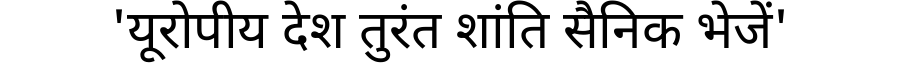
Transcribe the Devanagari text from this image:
'यूरोपीय देश तुरंत शांति सैनिक भेजें'